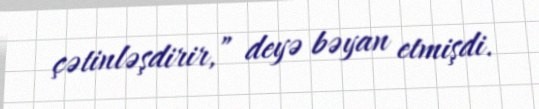
çətinləşdirir,” deyə bəyan etmişdi.